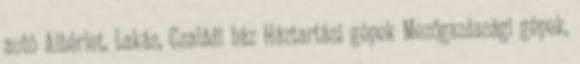
autó Albérlet, Lakás, Családi ház Háztartási gépek Mezőgazdasági gépek,